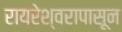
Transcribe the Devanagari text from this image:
रायरेश्वरापासून